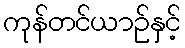
ကုန်တင်ယာဉ်နှင့်